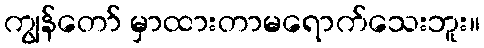
ကျွန်တော် မှာထားတာမရောက်သေးဘူး။